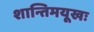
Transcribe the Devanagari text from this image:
शान्तिमयूखः